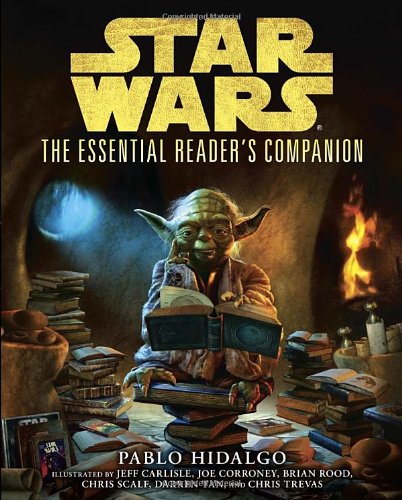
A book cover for The Essential Reader's Companion (Star Wars) (Star Wars: Essential Guides); Pablo Hidalgo; Science Fiction & Fantasy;